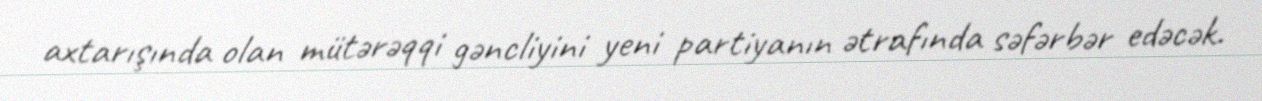
axtarışında olan mütərəqqi gəncliyini yeni partiyanın ətrafında səfərbər edəcək.